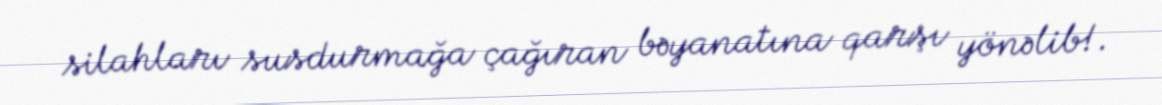
silahları susdurmağa çağıran bəyanatına qarşı yönəlib!.